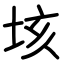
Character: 垓